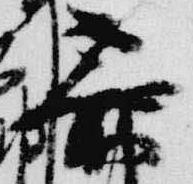
参